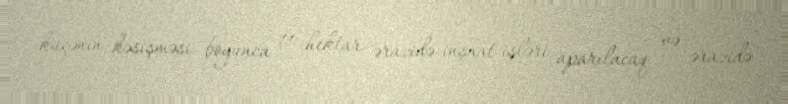
küçənin kəsişməsi boyunca 11 hektar ərazidə inşaat işləri aparılacaq və ərazidə